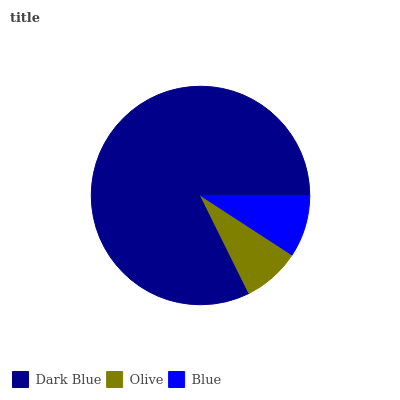
| Dark Blue | Olive | Blue |
 | --- | --- | --- |
 | 82.3% | 8.52% | 9.17% |